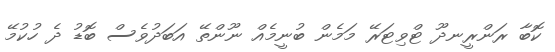
ކޮބާ ރަންރީނދޫ ޓްވިޓަރޭ މަމެން ބުނީމެއް ނޫންތޭ އަބަދުވެސް ބޮޑު ދެ ހުކުމޭ